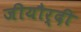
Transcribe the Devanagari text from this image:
जीयौर्दी